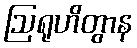
ဩရုဟိတွာန